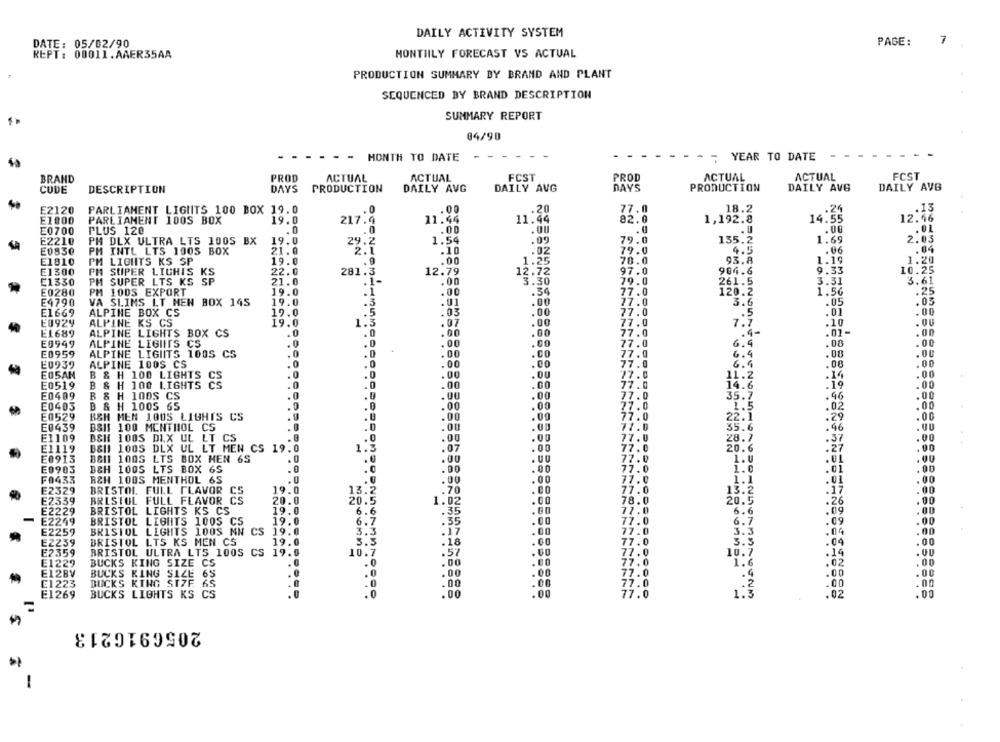
DAILY ACTIVITY SYSTEM
DATE: 05/02/90
PAGE:
1 .
REPT: 00011.AAER35AA
MONTIILY FORECAST VS ACTUAL
PRODUCTION SUMMARY BY BRAND AND PLANT
SEQUENCED BY BRAND DESCRIPTION
SUMMARY REPORT
04/90
--
. -
- - MONTH TO DATE
YEAR TO DATE
BRAND
PROD
ACTUAL
ACTUAL
FCST
PROD
ACTUAL
ACTUAL
FCST
CODE
DESCRIPTION
DAYS
PRODUCTION
DAILY AVG
DAILY AVG
DAYS
PRODUCTION
DAILY AVG
DAILY AVB
.13
E2120
PARLIAMENT LIGHTS 100 BOX 19.0
.. 0
.00
.20
77.0
18.2
.20
E1000
PARLIAMENT 100S BOX
19.0
217.4
11.44
11.44
82.0
1,192.8
14.55
12.46
E0700
PLUS 120
.0
.00
.OU
.U
.00
.01
2.03
E2210
PH DLX ULTRA LTS 100S BX
19.0
29.2
1.54
.09
79.0
135.2
1.69
E0830
PH INTL LTS 1905 BOX
21.0
2.1
.10
.02
79.0
4.5
.06
.04
.00
1.25
70.0
93.8
1.19
1.20
E1810
PM LIGHTS KS SP
19.0
.9
E1300
PH SUPER LIGHTS KS
22.0
281.3
12.79
12.72
97.0
904.6
9.33
10.25
£1330
PH SUPER LTS KS SP
21.0
.1-
.00
3.30
79.0
261.5
3.31
3.61
.34
E0280
PM 100S EXPORT
19.0
.1
.00
77.0
120.2
1.56
.25
E4790
VA SLIMS LT MEN BOX 145
19.0
.5
.01
.00
27.0
3.6
.05
.03
E1669
ALPINE BOX CS
27.
.01
.00
19.0
.5
EU929
ALPINE KS CS
19.0
1:3
.07
.00
7.7
.10
E1689
ALPINE LIGHTS BOX CS
.0
.0
.00
.00
.4-
.01-
.CO
.00
E0949
ALPINE LIGHTS CS
.0
.0
.00
77.0
6.4
E0959
ALPINE LIGIITS 100S CS
.0
.D
.00
77.0
6.4
.08
E0939
ALPINE 100$ CS
.0
.0
.00
.00
.08
E05AM
B & H 100 LIGHTS
.0
.0
.00
.00
.16
E0519
B & H 100 LIGHTS CS
.0
.0
.00
14.
.19
E0409
B & H 100S CS
.0
.0
.00
.46
E0403
B & H 1005 65
.0
.00
1.5
.02
E0529
.0
7
B&H MEN 1005 LIGHTS CS
.00
22.1
E0439
B&If 100 MENTHOL CS
.0
.00
35.6
46
E1109
BSH 1005 DLX UL LT CS
.00
77
.0
.00
77
E1119
B&HI 1005 DLX UL LT MEN CS 19.0
1.5
: 07
27
E0913
B&Il 100S LTS BOX HEN 6S
.0
.6
.00
77
.01
.00
77
.01
E0903
B&H 100S LTS BOX 6S
.0
.0
.00
F0433
B&H 100S MENTHOL 6S
.0
.00
71.
.01
E2329
19.0
13.2
.00
77.0
.17
BRISTOL FULL FLAVOR CS
.70
E2339
BRISTOL FULL FLAVOR CS
20.0
20.5
1.02
.00
78.0
20.5
.26
E2229
BRISTOL
LIGHTS KS CS
19.0
6.6
.35
.60
77.0
.09
77.0
.09
E2249
BRISTOL
LIGHTS 100S CS
19.0
6.7
.35
6.7
E2259
BRISTOL LIGHTS 100S MN CS
19.0
3.3
.00
77.0
3.3
.06
EZZ39
BRISTOL LTS KS MEN CS
19.0
.18
77.
3.3
. 04
E2359
BRISTOL ULTRA LTS 1005 CS 19.0
10.7
.57
.00
77.
10.7
.14
E1229
BUCKS KING SIZE CS
.0
.00
.00
77.0
1.6
.02
E12BV
77.0
BUCKS KING SIZE 65
.0
.00
.00
.00
E1223
BUCKS KING SIZE 6S
.0
77.0
.00
BUCKS LIGHTS KS CS
.00
77.0
1.3
E1269
.02
2056916213
-